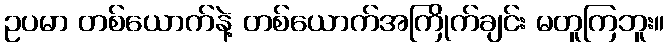
ဥပမာ တစ်ယောက်နဲ့ တစ်ယောက်အကြိုက်ချင်း မတူကြဘူး။